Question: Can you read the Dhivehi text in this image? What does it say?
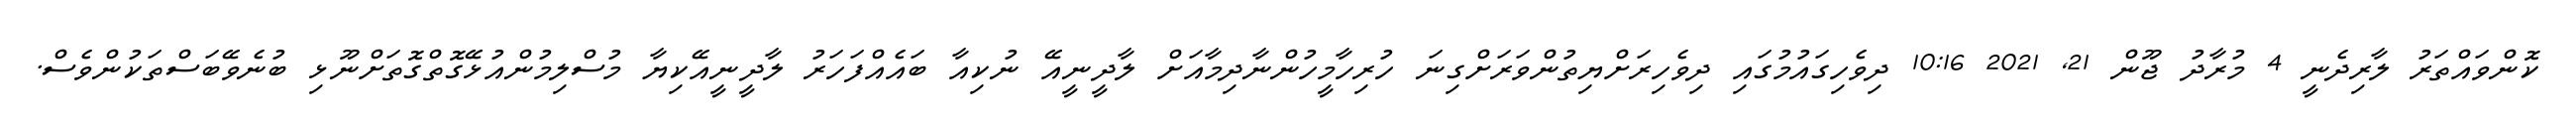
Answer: ކޮންވައްތަރު ލާރިދެނީ 4 މުރާދު ޖޫން 21, 2021 10:16 ދިވެހިގައުމުގައި ދިވެހިރަށްޔިތުންވަރަށްގިނަ ހުރިހާމީހުންނާދިމާއަށް ލާދީނީއޭ ނުކިއާ ބައެއްފަހަރު ލާދީނީއޭކިޔާ މުސްލިމުންއުޅޭގޮތްގޮތަށްނޫޅި ބުނެވޭބަސްތަކުންވެސް.